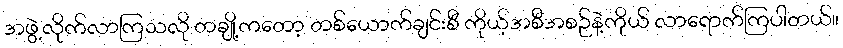
အဖွဲ့လိုက်လာကြသလို တချို့ကတော့ တစ်ယောက်ချင်းစီ ကိုယ့်အစီအစဉ်နဲ့ကိုယ် လာရောက်ကြပါတယ်။